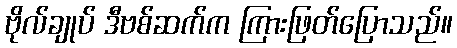
ဗိုလ်ချုပ် ဒီဗစ်ဆက်က ကြားဖြတ်ပြောသည်။